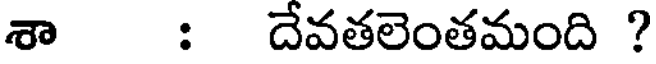
శా : దేవతలెంతమంది ?